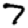
Digit: 7